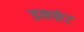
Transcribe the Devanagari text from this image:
इनफंट